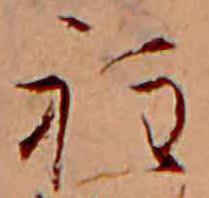
程